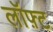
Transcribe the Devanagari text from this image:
लॉफ़्ट